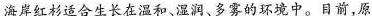
海岸红杉适合生长在温和、湿润、多雾的环境中。目前，原